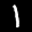
Label: 1